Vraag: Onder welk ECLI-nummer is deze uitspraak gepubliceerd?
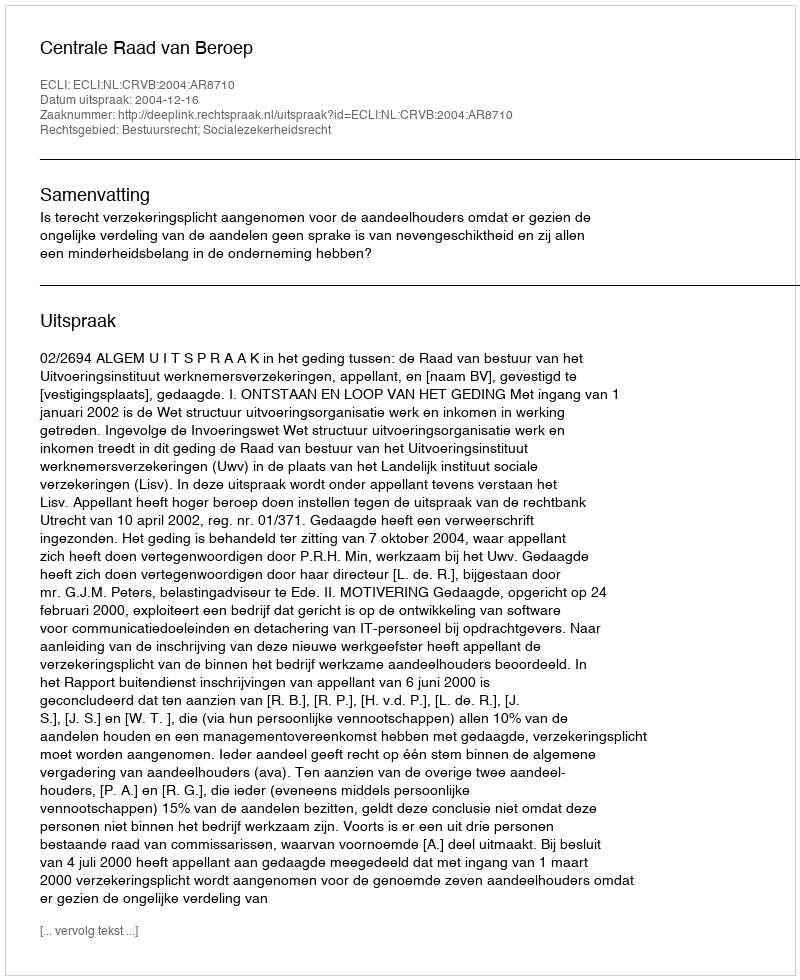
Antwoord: ECLI:NL:CRVB:2004:AR8710